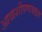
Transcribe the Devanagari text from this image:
आळशीपणाबद्दल